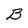
Character: B